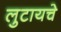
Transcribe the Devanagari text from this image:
लुटायचे